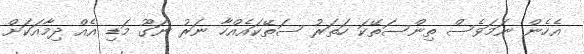
އެހެން ނަމަވެސް ތިންސަތޭކަ ހަތަރު ސަތޭކައެއްހާ ނަރު ނަގޫ މަޑި އެއް ދިމާއަކަށް